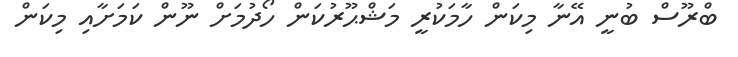
ބްރޫސް ބުނީ އޭނާ މިކަން ހާމަކުރީ މަޝްޙޫރުކަން ހޯދުމަށް ނޫން ކަމަށާއި މިކަން